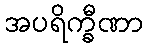
အပရိက္ခီဏာ